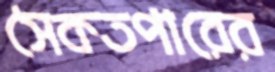
সৈকতপারের